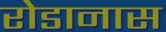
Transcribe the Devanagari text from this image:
रोडानास